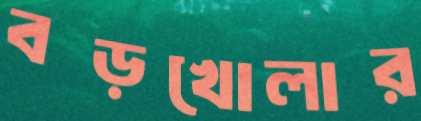
বড়খোলার